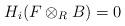
LaTeX: \begin{align*} H_{i}(F \otimes _{R}B)=0\end{align*}